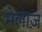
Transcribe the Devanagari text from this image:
मेलाज़